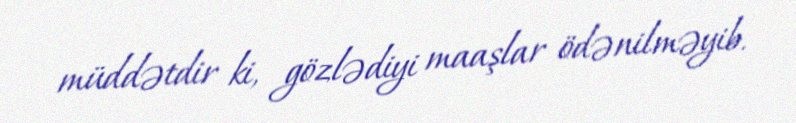
müddətdir ki, gözlədiyi maaşlar ödənilməyib.